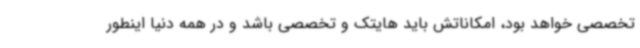
تخصصی خواهد بود، امکاناتش باید هایتک و تخصصی باشد و در همه دنیا اینطور